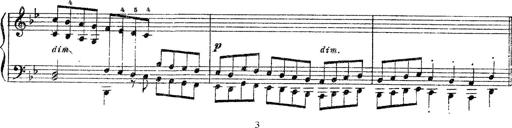
Title: Sarabande und Chaconne aus dem Singspiel
Composer: Franz Liszt